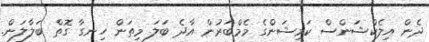
ދެން އިލެކްޝަންސް ކަމިޝަންގެ މެމްބަރުން އާދެ ބަލަ މިތަން ހިނގާ ގޮތް ބަލާލަން.